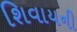
શિવાયની